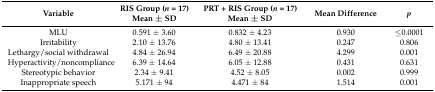
<table><thead><tr><td><b>Variable</b></td><td><b>RIS Group (<i>n</i> = 17) Mean ± SD</b></td><td><b>PRT + RIS Group (<i>n</i> = 17) Mean ± SD</b></td><td><b>Mean Difference</b></td><td><b><i>p</i></b></td></tr></thead><tbody><tr><td>MLU</td><td>0.591 ± 3.60</td><td>0.832 ± 4.23</td><td>0.930</td><td>≤0.0001</td></tr><tr><td>Irritability</td><td>2.10 ± 13.76</td><td>4.80 ± 13.41</td><td>0.247</td><td>0.806</td></tr><tr><td>Lethargy/social withdrawal</td><td>4.84 ± 26.94</td><td>6.49 ± 20.88</td><td>4.299</td><td>0.001</td></tr><tr><td>Hyperactivity/noncompliance</td><td>6.39 ± 14.64</td><td>6.05 ± 12.88</td><td>0.431</td><td>0.631</td></tr><tr><td>Stereotypic behavior</td><td>2.34 ± 9.41</td><td>4.52 ± 8.05</td><td>0.002</td><td>0.999</td></tr><tr><td>Inappropriate speech</td><td>5.171 ± 94</td><td>4.471 ± 84</td><td>1.514</td><td>0.001</td></tr></tbody></table>